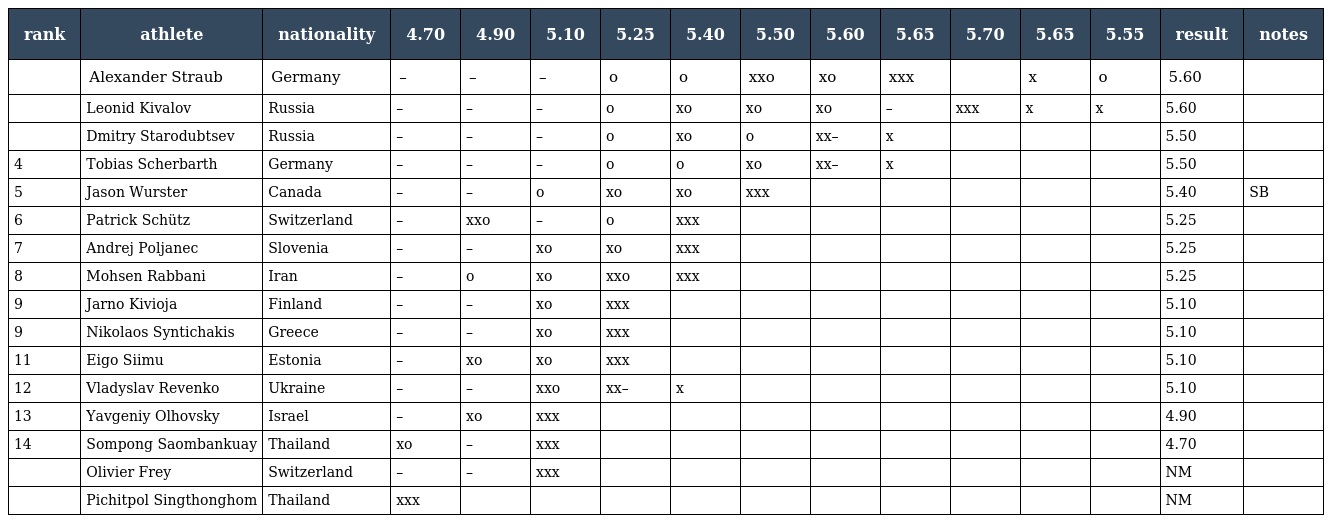
| rank | athlete | nationality | 4.70 | 4.90 | 5.10 | 5.25 | 5.40 | 5.50 | 5.60 | 5.65 | 5.70 | 5.65 | 5.55 | result | notes |
 | --- | --- | --- | --- | --- | --- | --- | --- | --- | --- | --- | --- | --- | --- | --- | --- |
 |  | Alexander Straub | Germany | – | – | – | o | o | xxo | xo | xxx |  | x | o | 5.60 |  |
 |  | Leonid Kivalov | Russia | – | – | – | o | xo | xo | xo | – | xxx | x | x | 5.60 |  |
 |  | Dmitry Starodubtsev | Russia | – | – | – | o | xo | o | xx– | x |  |  |  | 5.50 |  |
 | 4 | Tobias Scherbarth | Germany | – | – | – | o | o | xo | xx– | x |  |  |  | 5.50 |  |
 | 5 | Jason Wurster | Canada | – | – | o | xo | xo | xxx |  |  |  |  |  | 5.40 | SB |
 | 6 | Patrick Schütz | Switzerland | – | xxo | – | o | xxx |  |  |  |  |  |  | 5.25 |  |
 | 7 | Andrej Poljanec | Slovenia | – | – | xo | xo | xxx |  |  |  |  |  |  | 5.25 |  |
 | 8 | Mohsen Rabbani | Iran | – | o | xo | xxo | xxx |  |  |  |  |  |  | 5.25 |  |
 | 9 | Jarno Kivioja | Finland | – | – | xo | xxx |  |  |  |  |  |  |  | 5.10 |  |
 | 9 | Nikolaos Syntichakis | Greece | – | – | xo | xxx |  |  |  |  |  |  |  | 5.10 |  |
 | 11 | Eigo Siimu | Estonia | – | xo | xo | xxx |  |  |  |  |  |  |  | 5.10 |  |
 | 12 | Vladyslav Revenko | Ukraine | – | – | xxo | xx– | x |  |  |  |  |  |  | 5.10 |  |
 | 13 | Yavgeniy Olhovsky | Israel | – | xo | xxx |  |  |  |  |  |  |  |  | 4.90 |  |
 | 14 | Sompong Saombankuay | Thailand | xo | – | xxx |  |  |  |  |  |  |  |  | 4.70 |  |
 |  | Olivier Frey | Switzerland | – | – | xxx |  |  |  |  |  |  |  |  | NM |  |
 |  | Pichitpol Singthonghom | Thailand | xxx |  |  |  |  |  |  |  |  |  |  | NM |  |